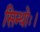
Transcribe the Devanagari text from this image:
सिन्धोः।